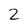
Character: 2